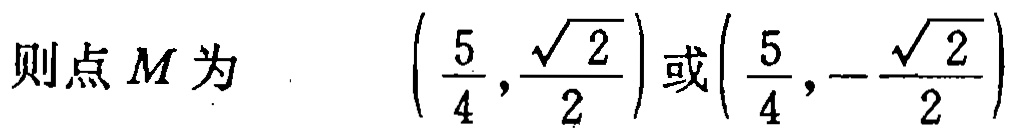
则点\(M\)为 \(\left(\frac{5}{4},\frac{\sqrt{2}}{2}\right)\)或\(\left(\frac{5}{4},-\frac{\sqrt{2}}{2}\right)\)